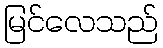
မြင်လေသည်